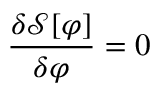
{ \frac { \delta { \mathcal { S } } [ \varphi ] } { \delta \varphi } } = 0